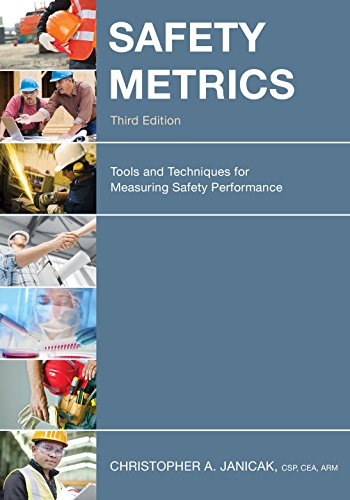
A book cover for Safety Metrics: Tools and Techniques for Measuring Safety Performance; Christopher A. Janicak; Business & Money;